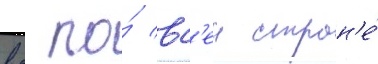
вс по́ вс'еи стран'е́